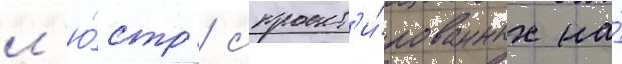
л'ю́стр / спроект'и́рованных на́